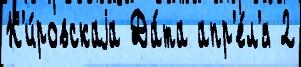
К'и́ровскаjа Да́та апр'е́л'я 2